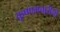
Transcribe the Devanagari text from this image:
कृष्णमचारींनी